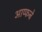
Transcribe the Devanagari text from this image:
आप्फन्रे